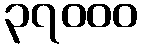
၃၇၀၀၀